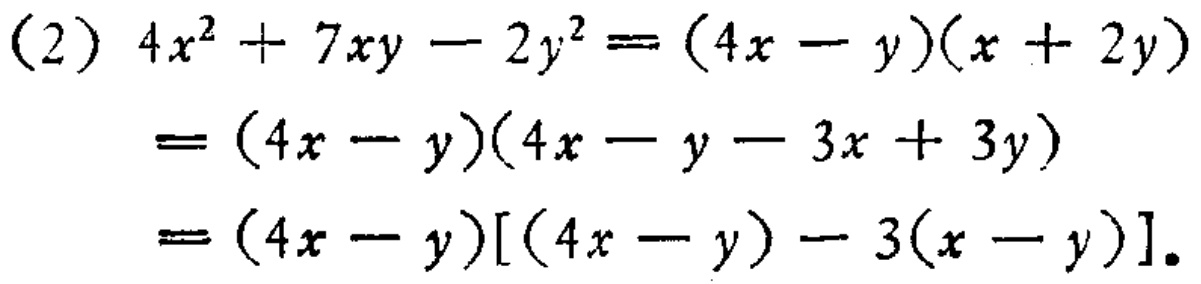
\[(2)

\begin{align*}

4x^{2}+7xy - 2y^{2}&=(4x - y)(x + 2y)\\

&=(4x - y)(4x - y - 3x + 3y)\\

&=(4x - y)[(4x - y)-3(x - y)]

\end{align*}

\]